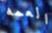
العمه